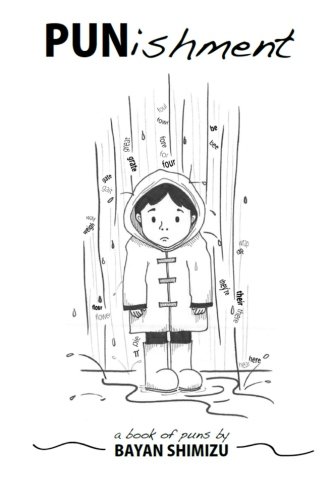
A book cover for PUNishment; Bayan Parrenas Shimizu; Humor & Entertainment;